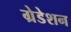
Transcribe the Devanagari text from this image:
ग्रेडेशन